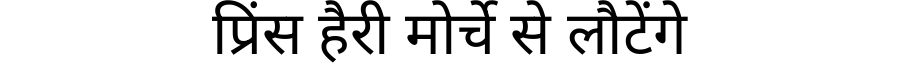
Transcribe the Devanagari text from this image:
प्रिंस हैरी मोर्चे से लौटेंगे